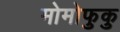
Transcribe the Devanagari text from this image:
मोमोफुकु